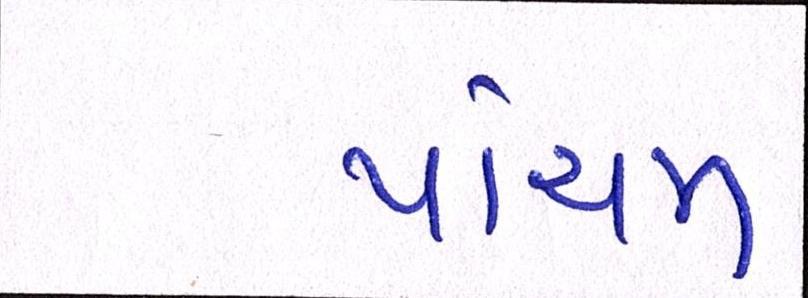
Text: પાંચમ